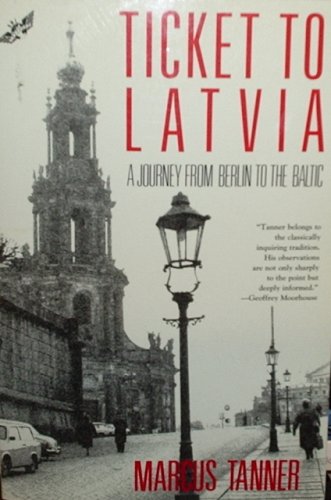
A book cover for Ticket to Latvia: A Journey from Berlin to the Baltic (Owl Traveler); Marcus Tanner; Travel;